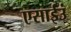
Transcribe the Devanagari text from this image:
एसाईउं